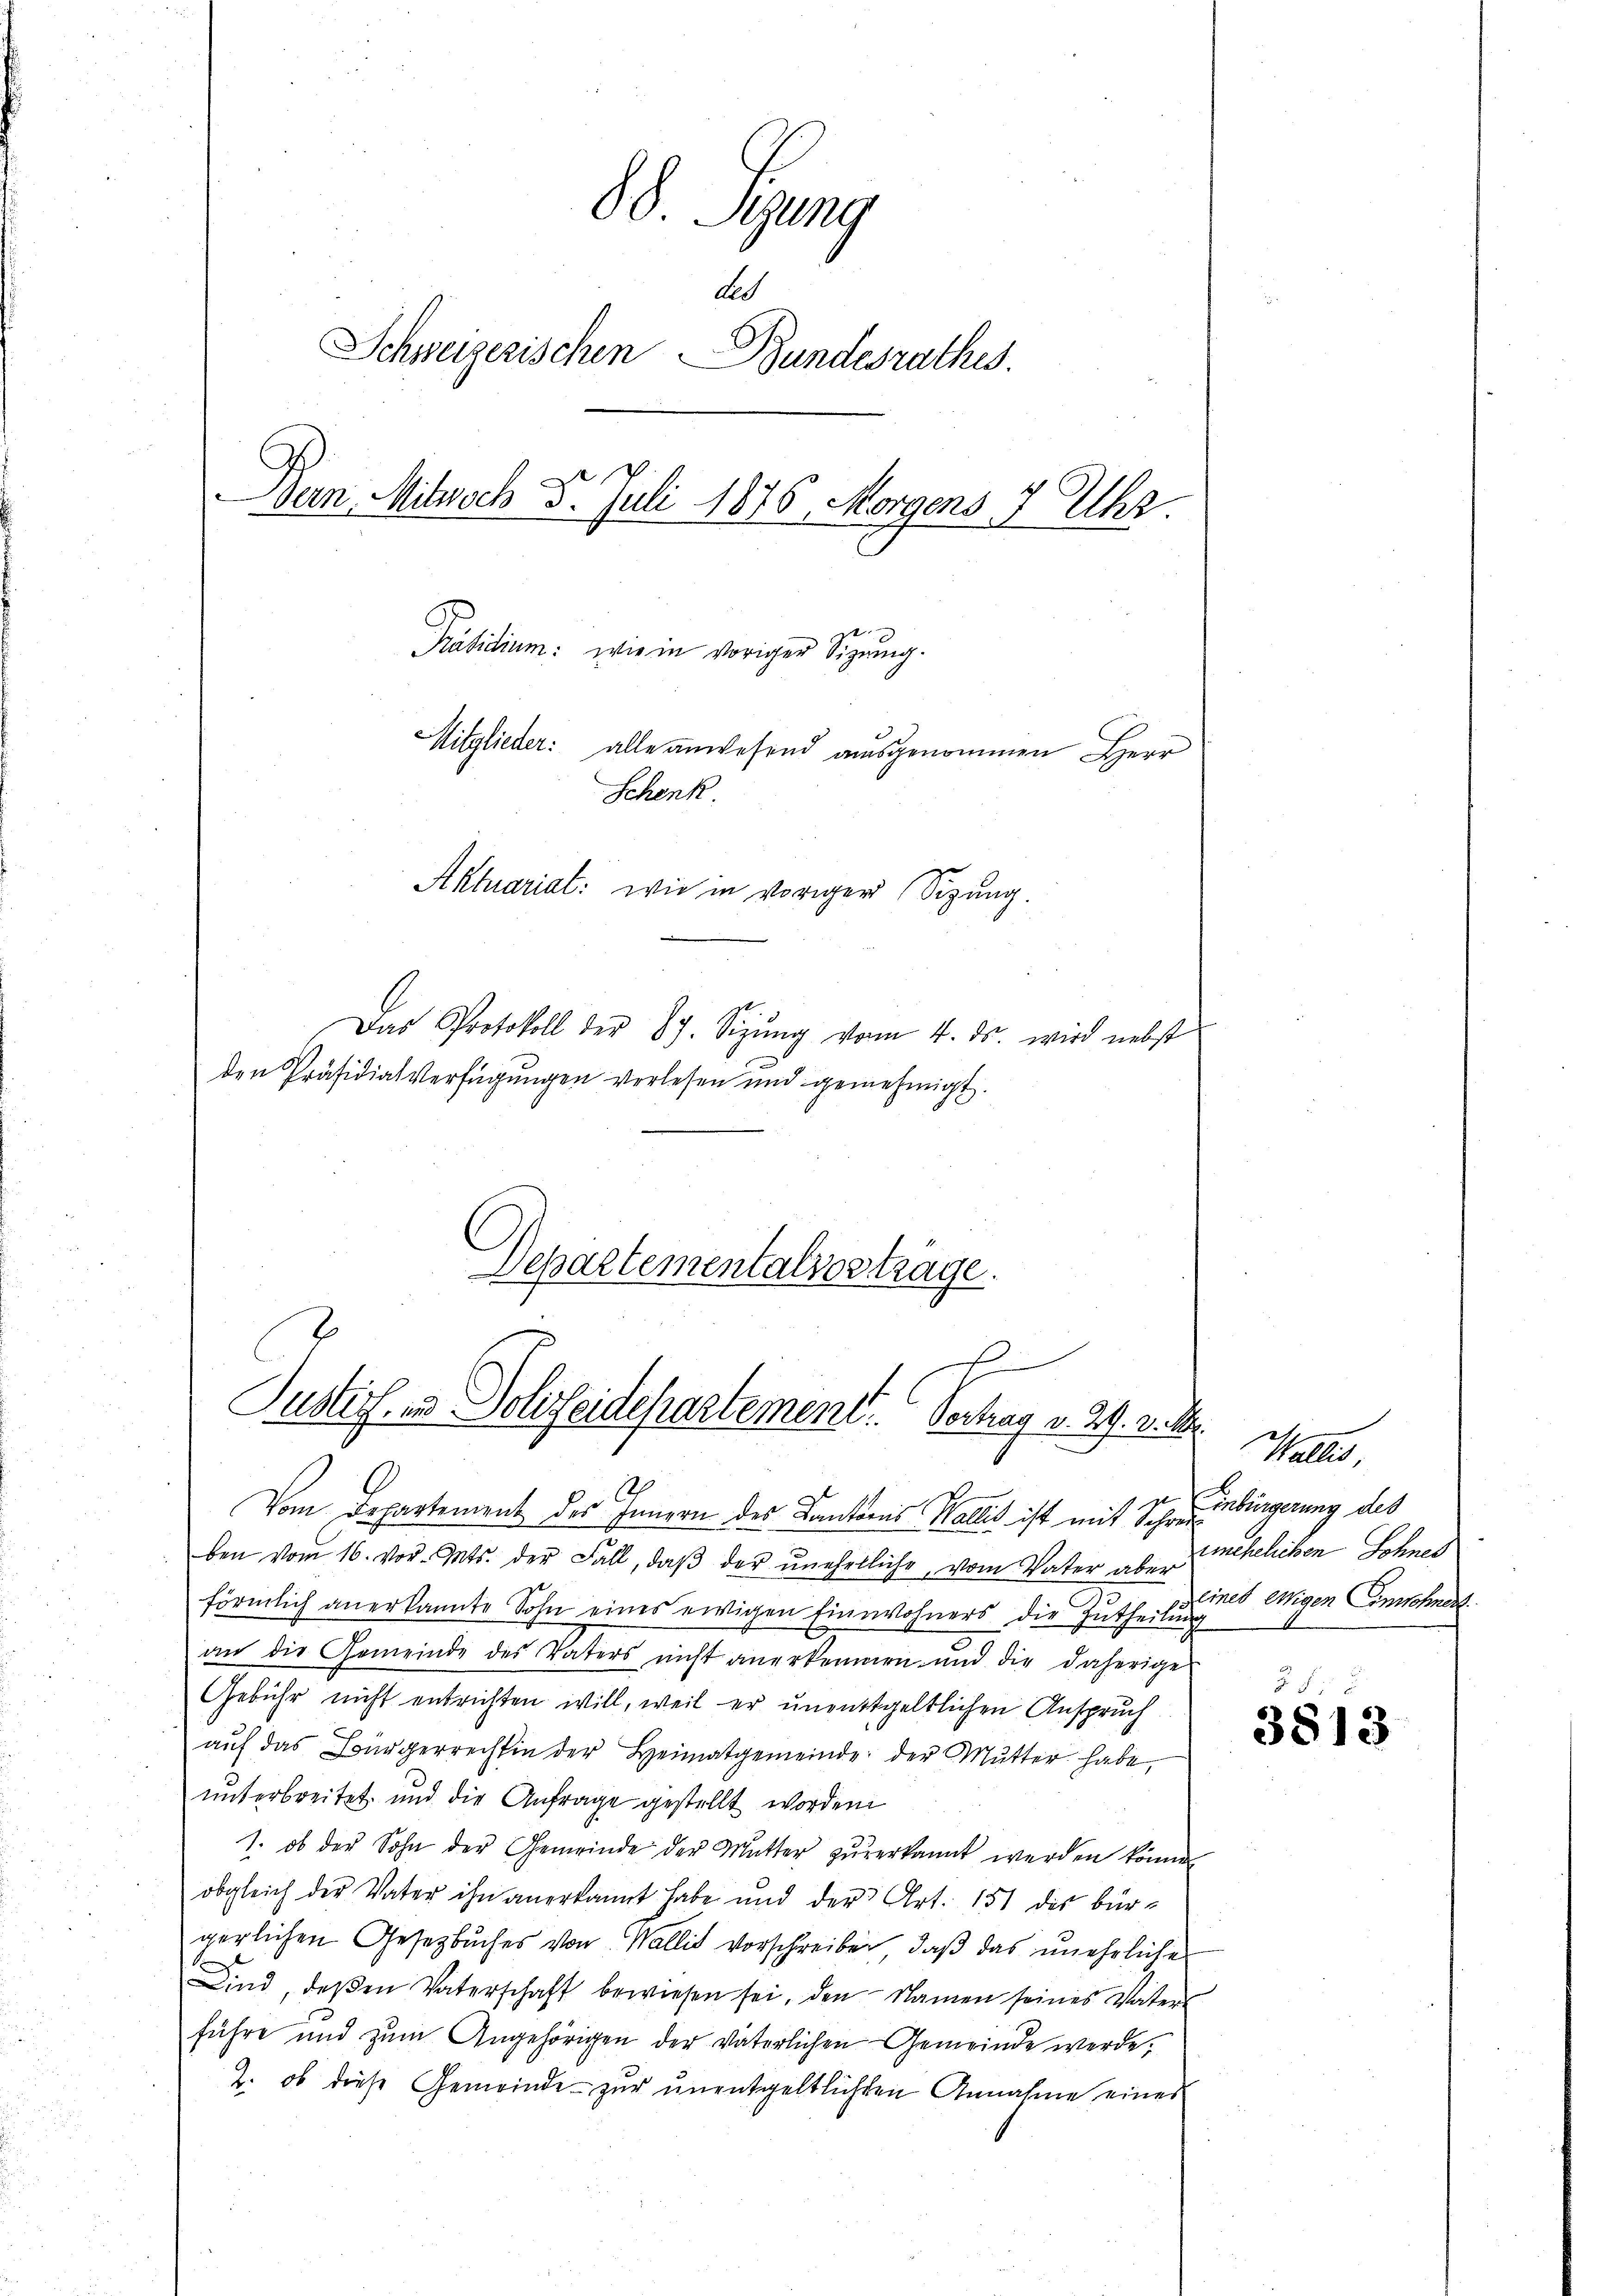
88. Sezung
de
Schweizerischen Bundesrathes.
Dan. Mitrech 5. Juli 1876, Morgens 7 Uhr.
t
Präsidium: wie in voriger Sigŭng.
Mitglieder: alle anwesend ausgenommen Herr
Schenk
Aktuariat: wie in voriger Sizung.
Das Protokoll der 87. Sizŭng vom 4. ds wird nebst
den Präsidialverfügungen verlesen und genehmigt.

Departementalios träge.
E
Susters, in Polizeidepartement. Vertrag v. 29. v. M.
129

Vom Departement des Innern des Kantones Wallis ist mit Scheinbürgerung des
ben vom 16. vor. Mts. der Fall, daβ der ŭnehelliche, vom Vater aber
förmlich anerkannte Sohn eines ewigen Einwohners die Zutheilung
an die Gemeinde des Vaters nicht anerkennen und die daherige
Gebühr nicht entrichten will, weil er unentgeltlichen Anspruch
aŭf das Bürgerrechtig der Heimatgemeinde der Mŭtter habe,
unterbreitet, und die Anfrage gestellt worden
1. ob der Sohn der Gemeinde der Mutter zŭverkannt werden könne
obgleich der Vater ihn anerkannt habe und der Art. 151 des bür-
gerlichen Gesetzbuches von Wallis vorschreiben, daß das unehrliches
Kind, deßen Vaterschaft bewiesen sei, den Namen seines Vaters
führe und zum Angehörigen der väterlichen Gemeinde werde,
2. ob diese Gemeinde zur unentgeltlichten Annahme eines

Wallis
unehelichen Sohnes
eines eigen Einschnert.

25
3813